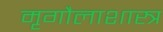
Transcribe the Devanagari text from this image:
मृगौलाशास्त्र